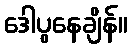
ဒေါပွနေချိန်။